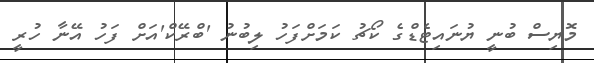
މޮޔިސް ބުނީ ޔުނައިޓެޑްގެ ކޯޗު ކަމަށްފަހު ލިބުނު 'ބްރޭކް'އަށް ފަހު އޭނާ ހުރީ